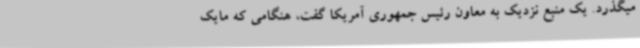
میگذرد. یک منبع نزدیک به معاون رئیس جمهوری آمریکا گفت، هنگامی که مایک